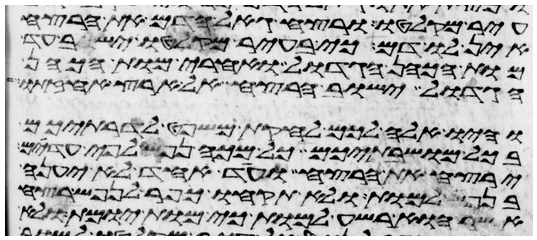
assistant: עיר מקלטו ורצח גאל הדם את הרצח
אין לו דם כי בעיר מקלטו ישב עד
מות הכהן הגדול ואחרי מות הכהן
הגדול ישוב הרצח אל ארץ אחזתו
והיו אלה לכם לחקת משפט לדרתיכם
בכל מושבתיכם כל מכה נפש לפי עדים
ירצח את הרצח ועד אחד לא יענה
בנפש למות ולא תקחו כפר לנפש רצח
אשר הוא רשע למות כי מות יומת ולא